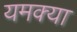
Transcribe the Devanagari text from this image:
यमक्या